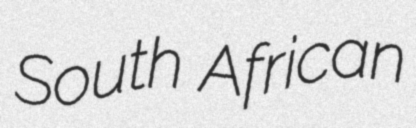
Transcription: South African